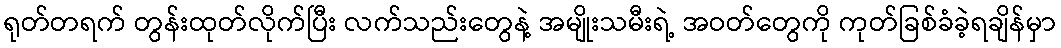
ရုတ်တရက် တွန်းထုတ်လိုက်ပြီး လက်သည်းတွေနဲ့ အမျိုးသမီးရဲ့ အဝတ်တွေကို ကုတ်ခြစ်ခံခဲ့ရချိန်မှာ